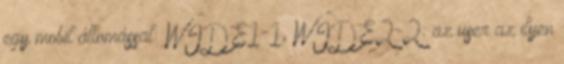
egy mobil állomással: WIDE1-1, WIDE2-2: az user az ilyen